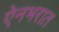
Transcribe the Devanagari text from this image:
ऐनभरात